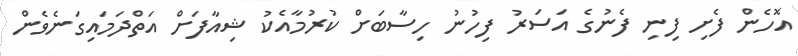
އޮހެން ފެށި ފިނި ފެނުގެ އަސަރު ފިހުނު ހިސާބަށް ކުރުމާއެކު ޝިއާފަށް އަތްދަމައިގަނެވެން